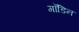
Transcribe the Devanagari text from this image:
गॉडिन